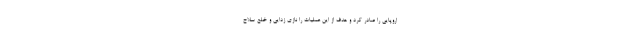
اروپایی را صادر کرد و هدف از این عملیات را نازی زدایی و خلع سلاح